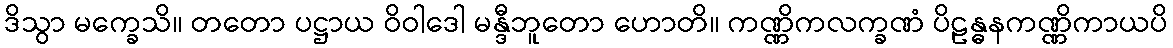
ဒိသွာ မက္ခေသိ။ တတော ပဋ္ဌာယ ဝိဝါဒေါ မန္ဒီဘူတော ဟောတိ။ ကဏ္ဏိကလက္ခဏံ ပိဠန္ဓနကဏ္ဏိကာယပိ